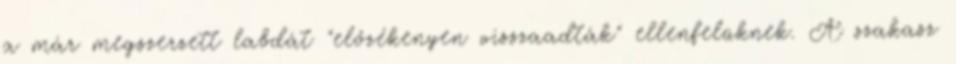
a már megszerzett labdát "előzékenyen visszaadták" ellenfelüknek. A szakasz